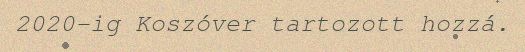
2020-ig Koszóver tartozott hozzá.